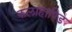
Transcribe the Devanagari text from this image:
कलाहाण्डि